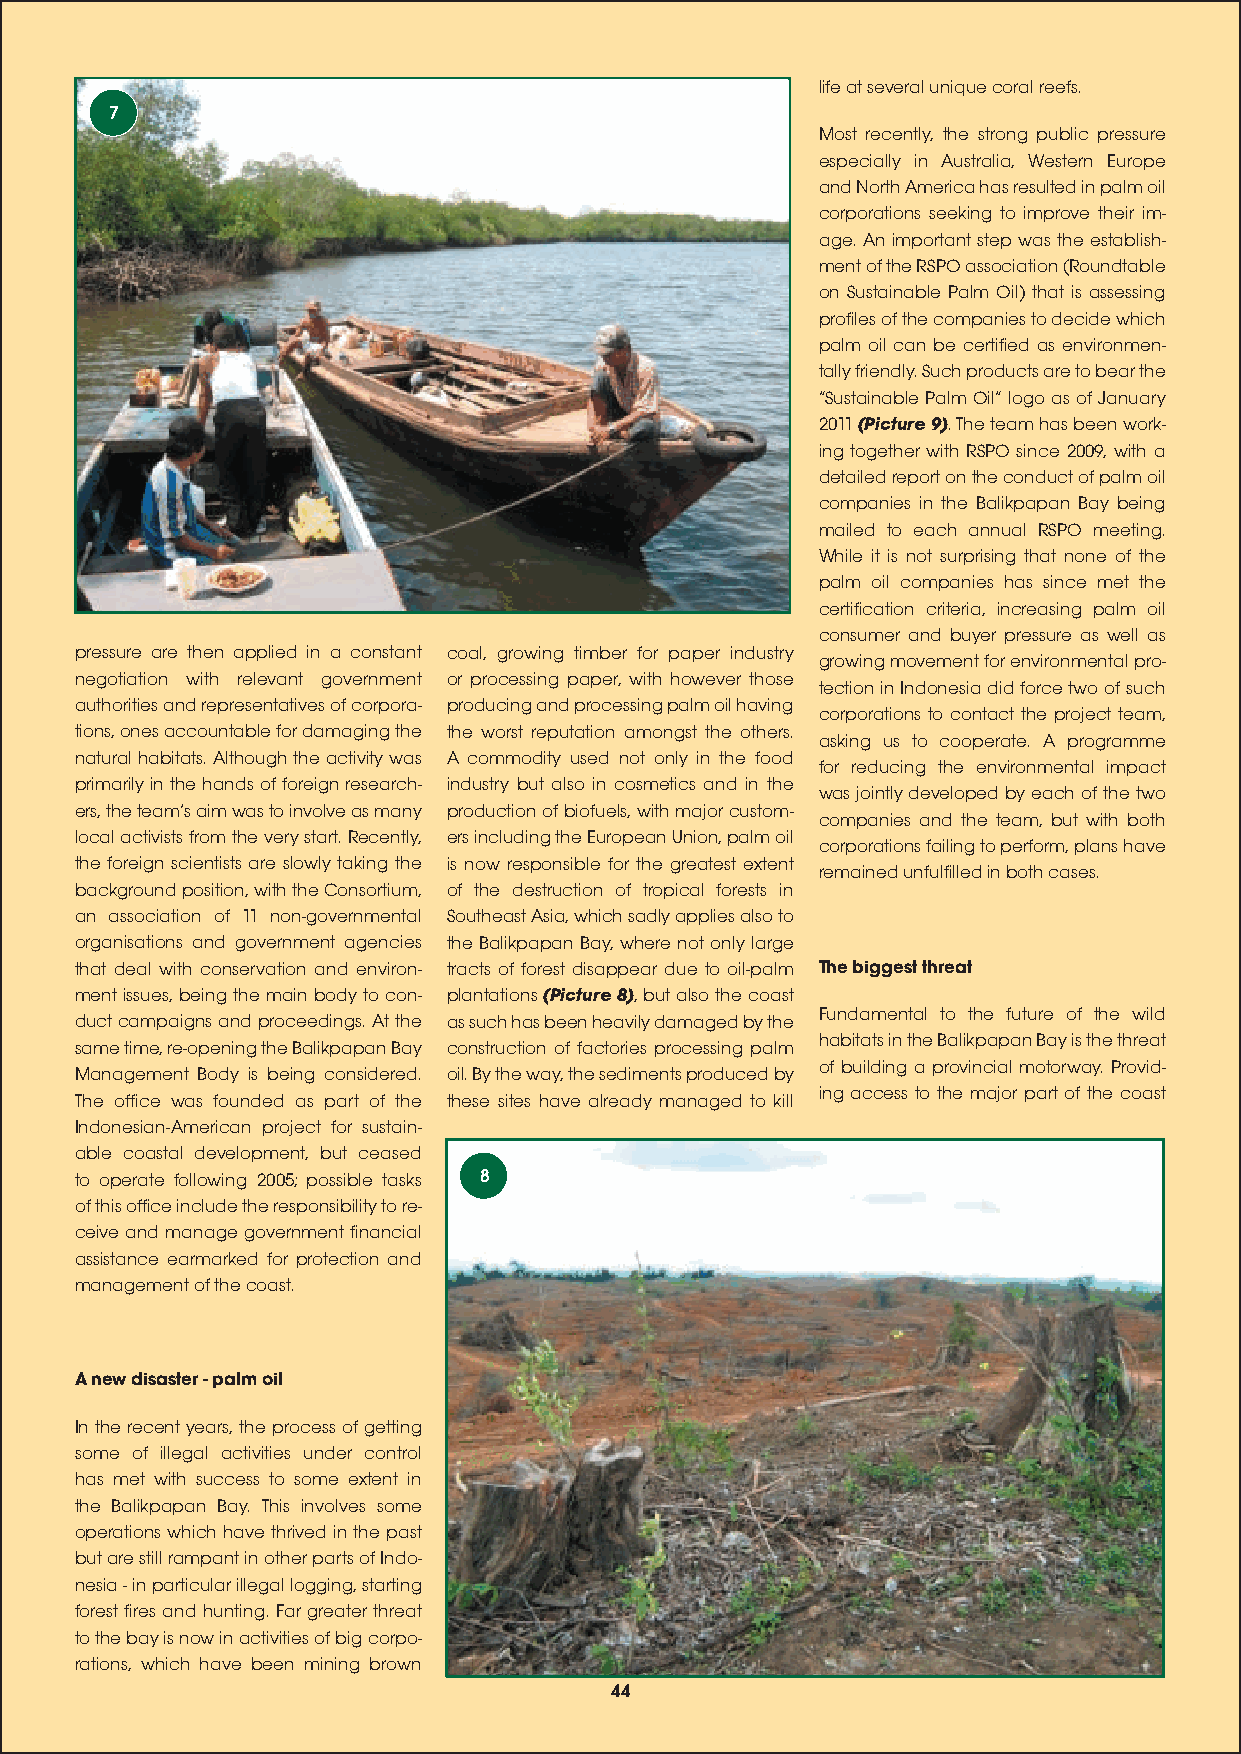
life at several unique coral reefs.
 7
 Most recently, the strong public pressure
 especially in Australia, Western Europe
 and North America has resulted in palm oil
 corporations seeking to improve their im-
 age. An important step was the establish-
 ment of the RSPO association (Roundtable
 on Sustainable Palm Oil) that is assessing
 profiles of the companies to decide which
 palm oil can be certified as environmen-
 tally friendly. Such products are to bear the
 Sustainable Palm Oil logo as of January
 2011 (Picture 9). The team has been work-
 ing together with RSPO since 2009, with a
 detailed report on the conduct of palm oil
 companies in the Balikpapan Bay being
 mailed to each annual RSPO meeting.
 While it is not surprising that none of the
 palm oil companies has since met the
 certification criteria, increasing palm oil
 consumer and buyer pressure as well as
 pressure are then applied in a constant coal, growing timber for paper industry
 growing movement for environmental pro-
 negotiation with relevant government or processing paper, with however those
 tection in Indonesia did force two of such
 authorities and representatives of corpora- producing and processing palm oil having
 corporations to contact the project team,
 tions, ones accountable for damaging the the worst reputation amongst the others.
 asking us to cooperate. A programme
 natural habitats. Although the activity was A commodity used not only in the food
 for reducing the environmental impact
 primarily in the hands of foreign research- industry but also in cosmetics and in the
 was jointly developed by each of the two
 ers, the teams aim was to involve as many production of biofuels, with major custom-
 companies and the team, but with both
 local activists from the very start. Recently, ers including the European Union, palm oil
 corporations failing to perform, plans have
 the foreign scientists are slowly taking the is now responsible for the greatest extent
 remained unfulfilled in both cases.
 background position, with the Consortium, of the destruction of tropical forests in
 an association of 11 non-governmental Southeast Asia, which sadly applies also to
 organisations and government agencies the Balikpapan Bay, where not only large
 that deal with conservation and environ- tracts of forest disappear due to oil-palm The biggest threat
 ment issues, being the main body to con- plantations (Picture 8), but also the coast
 Fundamental to the future of the wild
 duct campaigns and proceedings. At the as such has been heavily damaged by the
 habitats in the Balikpapan Bay is the threat
 same time, re-opening the Balikpapan Bay construction of factories processing palm
 of building a provincial motorway. Provid-
 Management Body is being considered. oil. By the way, the sediments produced by
 ing access to the major part of the coast
 The office was founded as part of the these sites have already managed to kill
 Indonesian-American project for sustain-
 able coastal development, but ceased
 to operate following 2005; possible tasks 8
 of this office include the responsibility to re-
 ceive and manage government financial
 assistance earmarked for protection and
 management of the coast.
 A new disaster - palm oil
 In the recent years, the process of getting
 some of illegal activities under control
 has met with success to some extent in
 the Balikpapan Bay. This involves some
 operations which have thrived in the past
 but are still rampant in other parts of Indo-
 nesia - in particular illegal logging, starting
 forest fires and hunting. Far greater threat
 to the bay is now in activities of big corpo-
 rations, which have been mining brown
 44